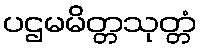
ပဌမမိတ္တသုတ္တံ